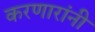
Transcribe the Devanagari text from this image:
करणारांनी